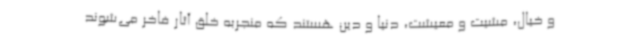
و خیال، مشیت و معیشت، دنیا و دین هستند که منجربه خلق آثار فاخر می‌شوند